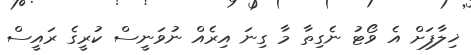
ޚިލާފަށް އެ ވޯޓު ނެގިތާ މާ ގިނަ އިރެއް ނުވަނީސް ކުރީގެ ރައީސް